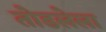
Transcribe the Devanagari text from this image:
तोडलेला